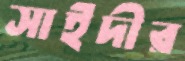
সাইদীর